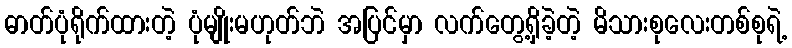
ဓာတ်ပုံရိုက်ထားတဲ့ ပုံမျိုးမဟုတ်ဘဲ အပြင်မှာ လက်တွေ့ရှိခဲ့တဲ့ မိသားစုလေးတစ်စုရဲ့